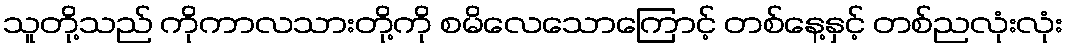
သူတို့သည် ကိုကာလသားတို့ကို စမိလေသောကြောင့် တစ်နေ့နှင့် တစ်ညလုံးလုံး